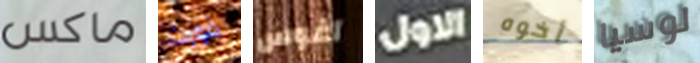
ماكس فورت آغوس الاول أخوه لوسيا